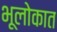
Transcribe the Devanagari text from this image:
भूलोकात